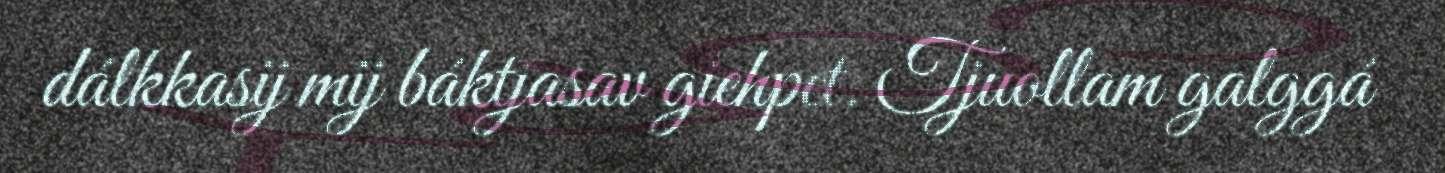
dálkkasij mij báktjasav giehpet. Tjuollam galggá